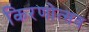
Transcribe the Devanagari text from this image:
किरणोत्सव